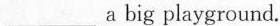
___a big playground.